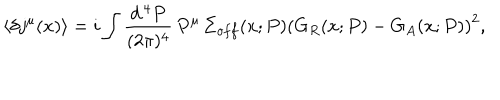
\langle \delta j ^ { \mu } ( x ) \rangle = i \int \frac { d ^ { \, 4 } P } { ( 2 \pi ) ^ { 4 } } \, P ^ { \mu } \, \Sigma _ { o f f } ( x ; P ) \left( G _ { R } ( x ; P ) - G _ { A } ( x ; P ) \right) ^ { 2 } ,